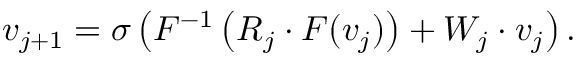
v _ { j + 1 } = \sigma \left( F ^ { - 1 } \left( R _ { j } \cdot F ( v _ { j } ) \right) + W _ { j } \cdot v _ { j } \right) .